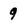
Character: 9